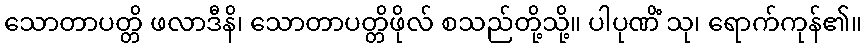
သောတာပတ္တိ ဖလာဒီနိ၊ သောတာပတ္တိဖိုလ် စသည်တို့သို့။ ပါပုဏိံ သု၊ ရောက်ကုန်၏။